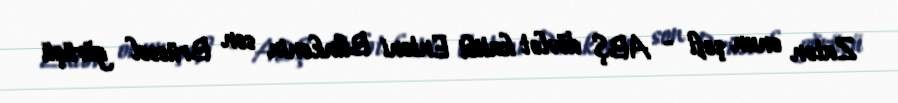
Zatən onun şefi - ABŞ dövlət katibi Entoni Blinkenin son Brüssel görüşü